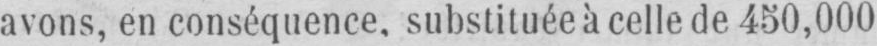
avons, en conséquence, substituée à celle de 450,000